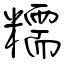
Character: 糯